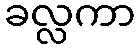
ခလ္လကာ